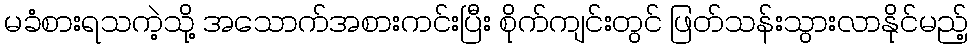
မခံစားရသကဲ့သို့ အသောက်အစားကင်းပြီး စိုက်ကျင်းတွင် ဖြတ်သန်းသွားလာနိုင်မည့်